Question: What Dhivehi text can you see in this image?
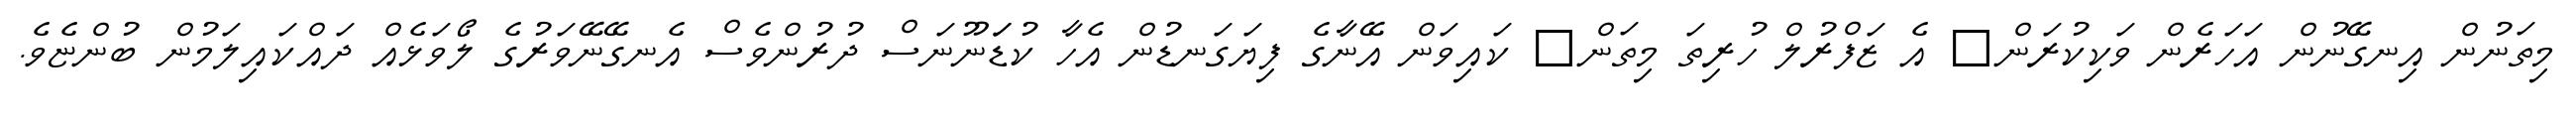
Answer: މިތަނުން އިނގޭނުން އަހަރެން ވަކިކުރަން? އެ ޒަފްރުލް ހުރިތަ މިތަން? ކައިވަން އޭނާގެ ފިޔަގަނޑުން އެހާ ކުޑަަނޫނަސް ދުރުންވެސް އެނގޭނޭވަރުގެ ލޯވަޅެއް ދައްކައިލަމުން ބުންޏެވެ.